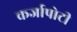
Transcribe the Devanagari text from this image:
कर्जापोटी